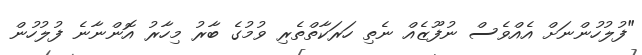
"ފުލުހުންނަށް އެއްވެސް ނުފޫޒެއް ނެތި ހަރަކާތްތެރި ވުމުގެ ބާރު މިހާރު އޮންނާނެ ފުލުހުން